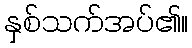
နှစ်သက်အပ်၏။